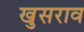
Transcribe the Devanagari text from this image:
खुसराव